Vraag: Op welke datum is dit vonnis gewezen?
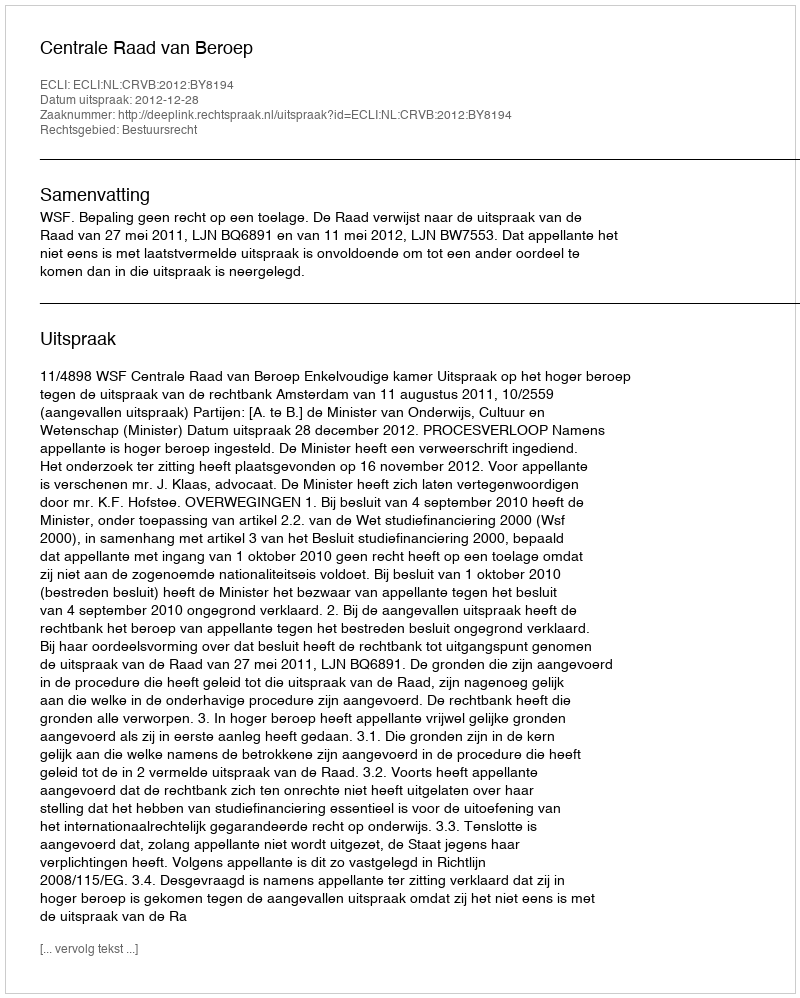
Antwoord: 2012-12-28